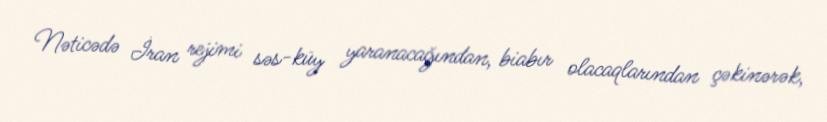
Nəticədə İran rejimi səs-küy yaranacağından, biabır olacaqlarından çəkinərək,